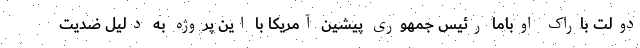
دولت باراک اوباما رئیس جمهوری پیشین آمریکا با این پروژه به دلیل ضدیت